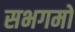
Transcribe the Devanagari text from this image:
सभगमों